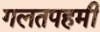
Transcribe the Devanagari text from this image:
गलतपहमी